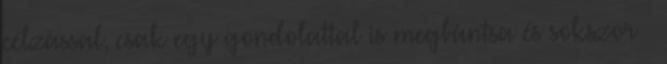
célzással, csak egy gondolattal is megbántsa és sokszor –